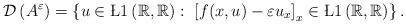
LaTeX: \begin{align*} \mathcal{D}\left(A^{\varepsilon}\right) = \left\{u\in\L{1}\left(\mathbb{R},\mathbb{R}\right): \ \left[f(x,u)-\varepsilon u_{x}\right]_{x}\in \L{1}\left(\mathbb{R},\mathbb{R}\right)\right\}. \end{align*}